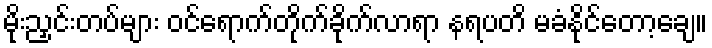
မိုးညှင်းတပ်များ ဝင်ရောက်တိုက်ခိုက်လာရာ နရပတိ မခံနိုင်တော့ချေ။